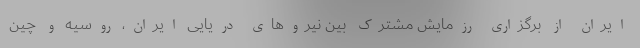
ایران از برگزاری رزمایش مشترک بین نیروهای دریایی ایران، روسیه و چین